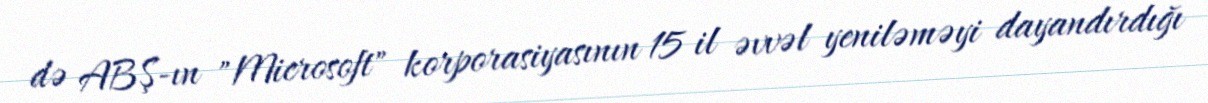
də ABŞ-ın "Microsoft" korporasiyasının 15 il əvvəl yeniləməyi dayandırdığı